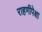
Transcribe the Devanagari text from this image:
राहणीपेक्षा